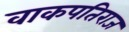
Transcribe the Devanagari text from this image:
वाकपतिराज